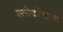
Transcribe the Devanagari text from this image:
श्लोकोंवाला